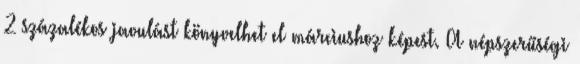
2 százalékos javulást könyvelhet el márciushoz képest. A népszerűségi